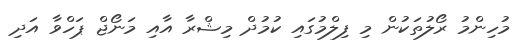
މުހިންމު ރޯލުތަކުން މި ފިލްމުގައި ކުމުދް މިޝްރާ އާއި މަނޯޖް ޕަހްވާ އަދި